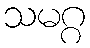
သမဂ္ဂ